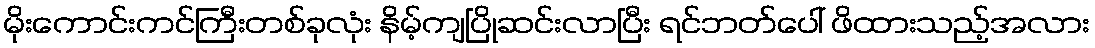
မိုးကောင်းကင်ကြီးတစ်ခုလုံး နိမ့်ကျပြိုဆင်းလာပြီး ရင်ဘတ်ပေါ် ဖိထားသည့်အလား